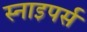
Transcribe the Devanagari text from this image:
स्नाइपर्स